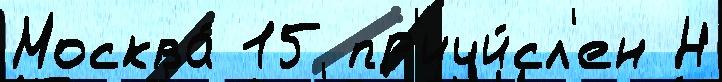
Москва́ 15 пр'ичи́сл'ен Н